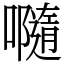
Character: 𡃴